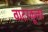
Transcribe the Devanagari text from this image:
वाटरकूलर